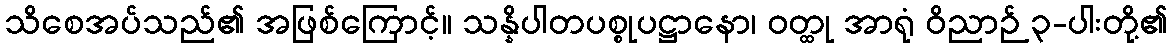
သိစေအပ်သည်၏ အဖြစ်ကြောင့်။ သန္နိပါတပစ္စုပဋ္ဌာနော၊ ဝတ္ထု အာရုံ ဝိညာဉ် ၃-ပါးတို့၏